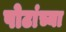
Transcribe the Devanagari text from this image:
पोटांच्या